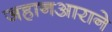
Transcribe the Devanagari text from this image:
जहानआराने